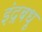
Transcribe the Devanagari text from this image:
इंद्रबधू